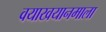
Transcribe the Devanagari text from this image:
वयाखयानमाला